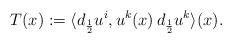
LaTeX: \begin{align*} T(x) := \langle d_{\frac{1}{2}} u^i, u^k(x)\, d_{\frac{1}{2}}u^k \rangle (x).\end{align*}